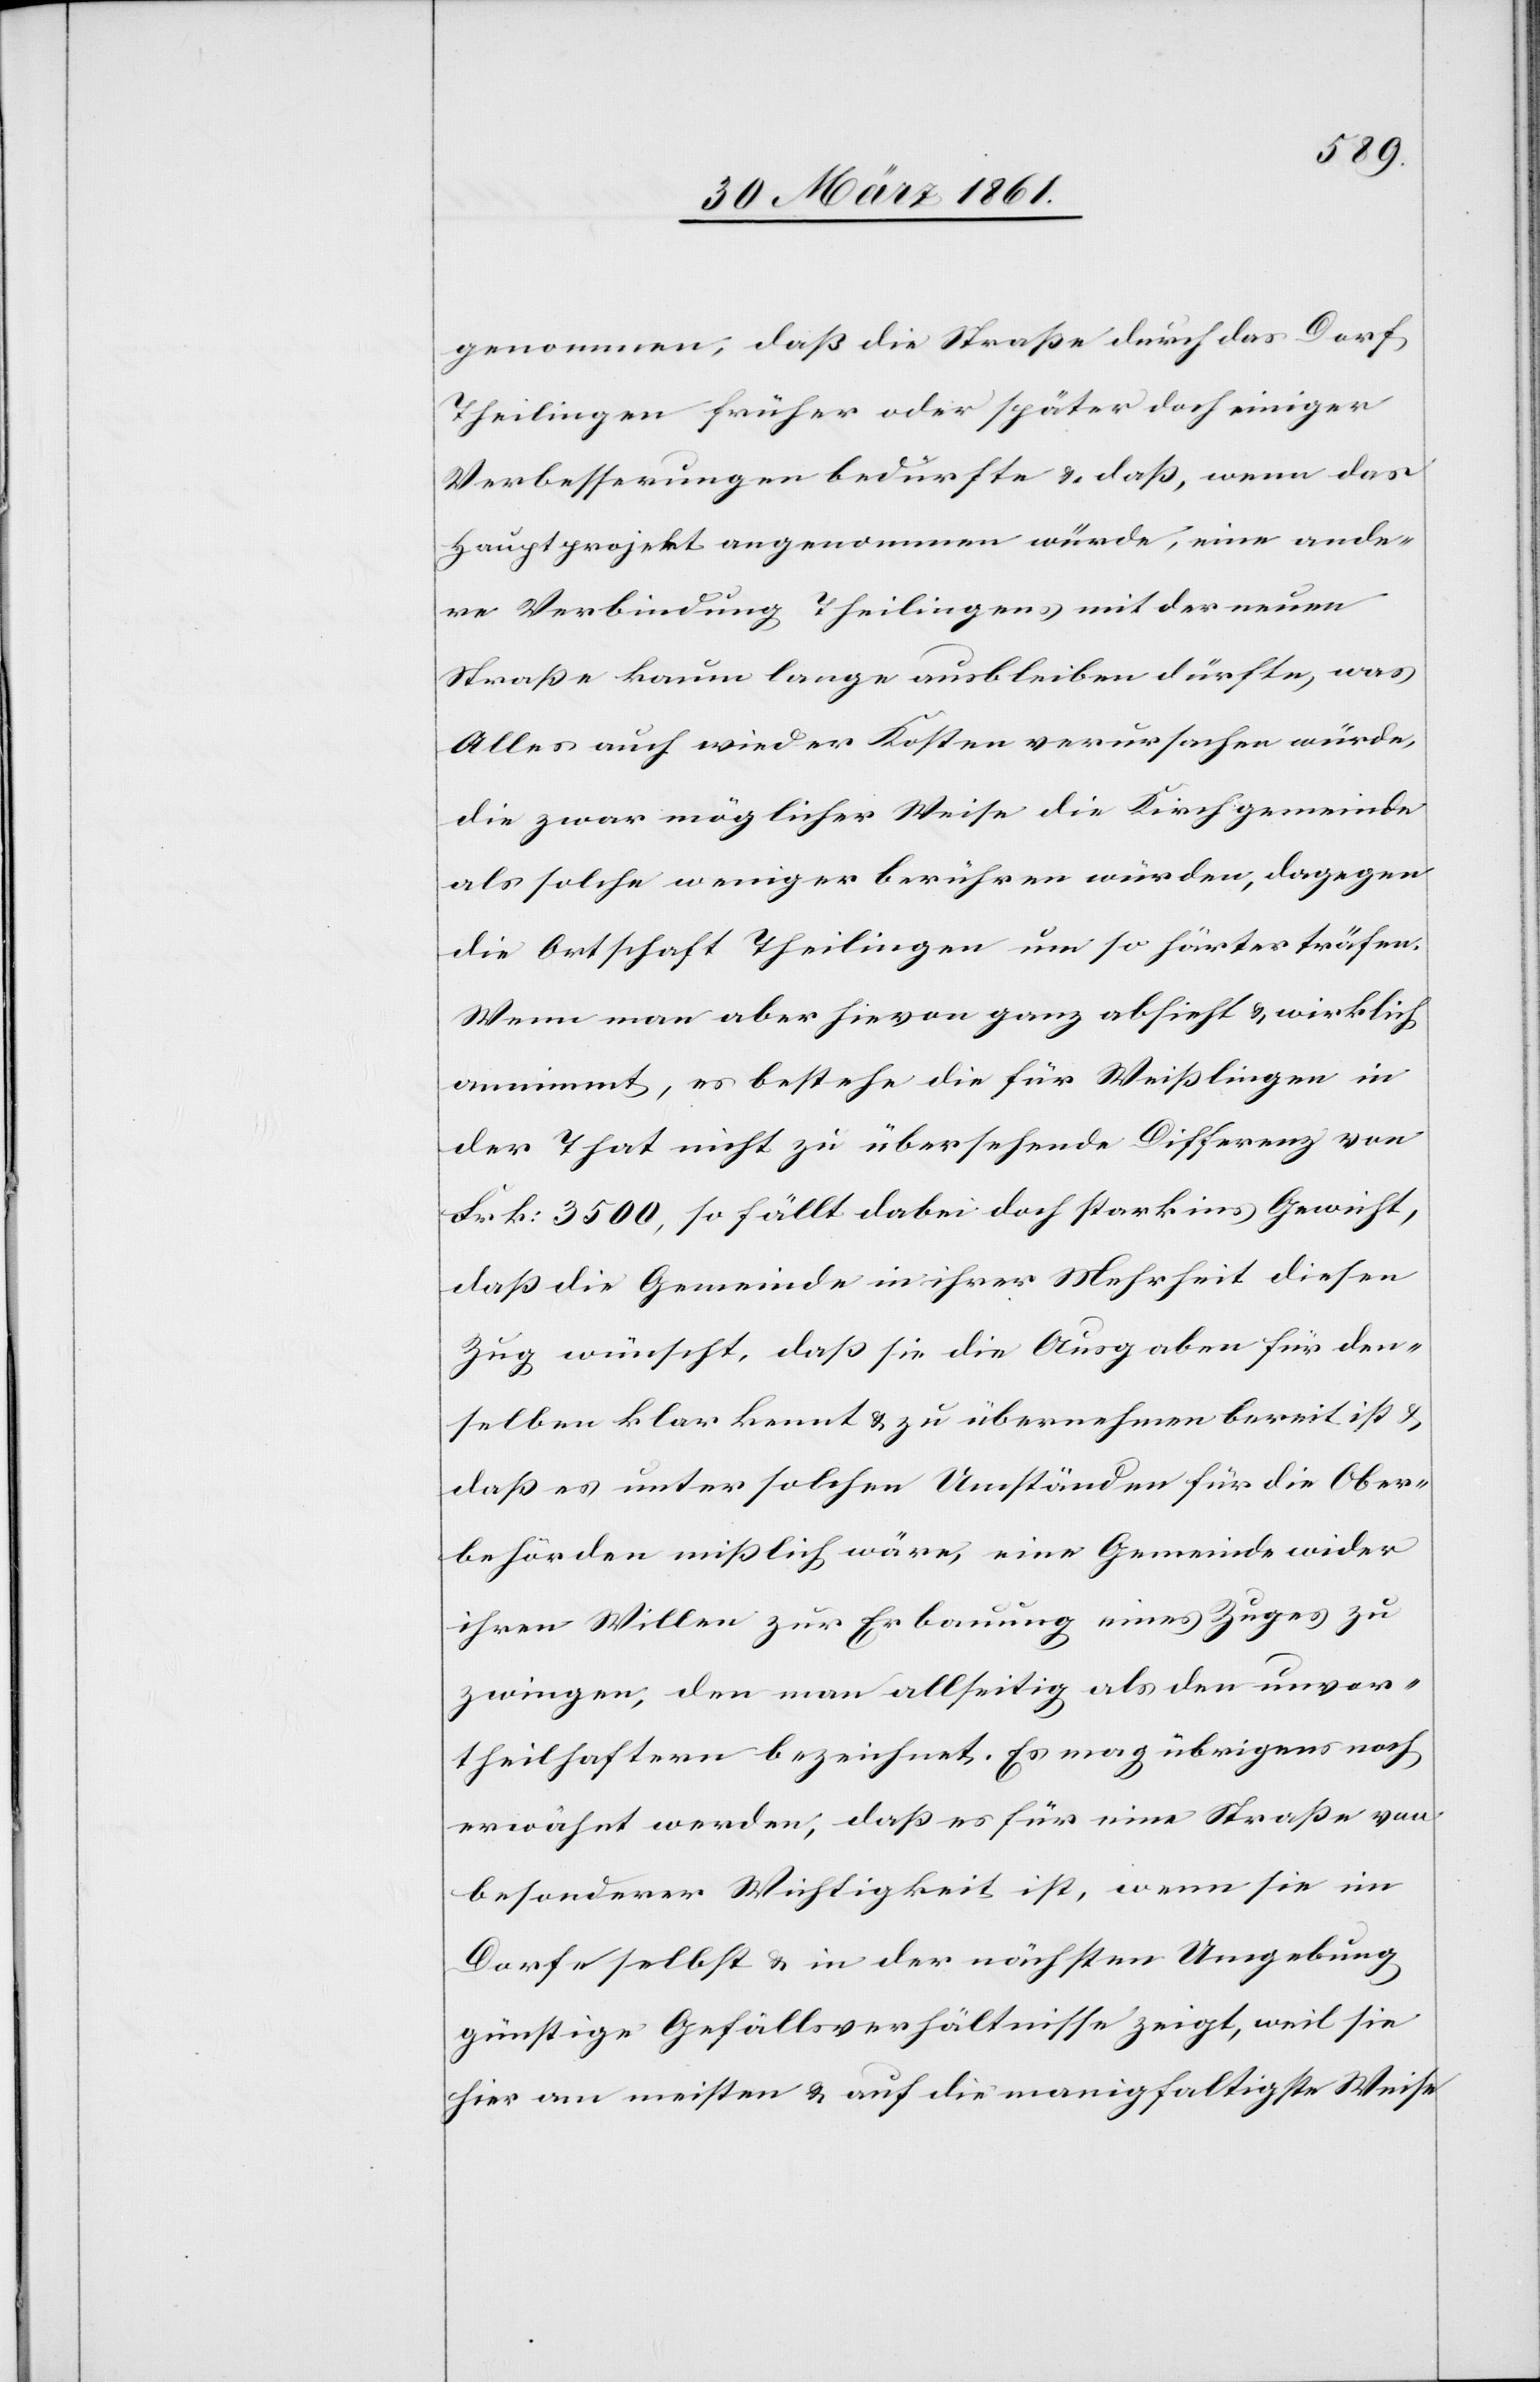
nehmen, daß die Straße durch das Dorf
Theilingen früher oder später doch einiger
Verbesserungen bedürfte u. daß, wenn das
Hauptprojekt angenommen würde, eine ande¬
re Verbindung Theilingens mit der neuen
Straße kaum lange ausbleiben dürfte, was
Alles auch wieder Kosten verursachen würde,
die zwar möglicher Weise die Kirchgemeinde
als solche weniger berühren würden, dagegen
die Ortschaft Theilingen um so härter träfen.
Wenn man aber hievon ganz absieht u. wirklich
annimmt, es bestehe die für Weißlingen in
der That nicht zu übersehende Differenz von
Frk: 3500, so fällt dabei doch stark ins Gewicht,
daß die Gemeinde in ihrer Mehrheit diesen
Zug wünscht, daß sie die Ausgaben für den¬
selben klar kennt u. zu übernehmen bereit ist u.
daß es unter solchen Umständen für die Ober¬
behörden mißlich wäre, eine Gemeinde wider
ihren Willen zur Erbauung eines Zuges zu
zwingen, den man allseitig als den unvor¬
theilhaftern bezeichnet. Es mag übrigens noch
erwähnt werden, daß es für eine Straße von
besonderer Wichtigkeit ist, wenn sie im
Dorfe selbst u. in der nächsten Umgebung
günstige Gefällsverhältnisse zeigt, weil sie
hier am meisten u. auf die manigfaltigste Weise